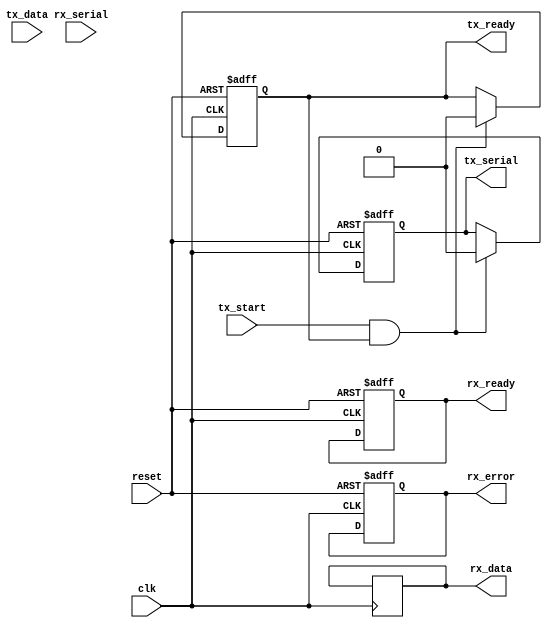
module parameterized_uart #(
    parameter BAUD_RATE = 9600,
    parameter DATA_WIDTH = 8,
    parameter STOP_BITS = 1,
    parameter PARITY = "NONE" // Options: "NONE", "EVEN", "ODD"
)(
    input wire clk,            // System clock
    input wire reset,          // Reset signal
    input wire tx_start,       // Signal to start transmission
    input wire [DATA_WIDTH-1:0] tx_data, // Data to transmit
    output wire tx_ready,      // Transmitter ready signal
    output wire tx_serial,     // Serial output
    input wire rx_serial,      // Serial input
    output wire [DATA_WIDTH-1:0] rx_data, // Received data
    output wire rx_ready,      // Receiver ready signal
    output wire rx_error       // Error flag for reception
);

    // Internal signals
    reg [DATA_WIDTH-1:0] tx_buffer;
    reg [DATA_WIDTH-1:0] rx_buffer;
    reg [3:0] bit_counter;
    reg tx_busy;
    reg rx_busy;
    reg [3:0] baud_counter;
    reg [1:0] stop_bit_counter;
    reg rx_ready_reg;
    reg rx_error_reg;

    // Baud rate generator (simplified)
    localparam BAUD_DIV = 50_000_000 / BAUD_RATE; // Assuming 50 MHz clock
    always @(posedge clk or posedge reset) begin
        if (reset) begin
            baud_counter <= 0;
        end else begin
            if (baud_counter == BAUD_DIV - 1) begin
                baud_counter <= 0;
            end else begin
                baud_counter <= baud_counter + 1;
            end
        end
    end

    // Transmitter
    always @(posedge clk or posedge reset) begin
        if (reset) begin
            tx_busy <= 0;
            tx_ready <= 1;
            bit_counter <= 0;
            tx_serial <= 1; // Idle state
        end else if (tx_start && tx_ready) begin
            tx_busy <= 1;
            tx_ready <= 0;
            tx_buffer <= tx_data;
            bit_counter <= 0;
            tx_serial <= 0; // Start bit
        end else if (tx_busy && baud_counter == BAUD_DIV - 1) begin
            if (bit_counter < DATA_WIDTH) begin
                tx_serial <= tx_buffer[bit_counter]; // Send data bits
                bit_counter <= bit_counter + 1;
            end else if (PARITY != "NONE" && bit_counter == DATA_WIDTH) begin
                // Send parity bit
                tx_serial <= (PARITY == "EVEN") ? ~^tx_buffer : ^tx_buffer; // Even or Odd parity
                bit_counter <= bit_counter + 1;
            end else if (bit_counter == DATA_WIDTH + (PARITY != "NONE") + STOP_BITS) begin
                tx_serial <= 1; // Stop bit(s)
                if (stop_bit_counter < STOP_BITS) begin
                    stop_bit_counter <= stop_bit_counter + 1;
                end else begin
                    tx_busy <= 0;
                    tx_ready <= 1;
                    stop_bit_counter <= 0;
                end
            end
        end
    end

    // Receiver
    always @(posedge clk or posedge reset) begin
        if (reset) begin
            rx_busy <= 0;
            rx_ready_reg <= 0;
            bit_counter <= 0;
            rx_error_reg <= 0;
        end else if (!rx_busy && !rx_serial) begin
            rx_busy <= 1; // Start bit detected
            baud_counter <= 0;
            bit_counter <= 0;
        end else if (rx_busy && baud_counter == BAUD_DIV - 1) begin
            if (bit_counter < DATA_WIDTH) begin
                rx_buffer[bit_counter] <= rx_serial; // Receive data bits
                bit_counter <= bit_counter + 1;
            end else if (PARITY != "NONE" && bit_counter == DATA_WIDTH) begin
                // Check parity
                rx_error_reg <= (PARITY == "EVEN") ? ~^rx_buffer : ^rx_buffer;
                bit_counter <= bit_counter + 1;
            end else if (bit_counter == DATA_WIDTH + (PARITY != "NONE")) begin
                // Stop bit(s) check
                if (rx_serial != 1) begin
                    rx_error_reg <= 1; // Error if stop bit is not high
                end
                rx_busy <= 0;
                rx_ready_reg <= 1;
                rx_buffer <= rx_buffer; // Store received data
            end
        end
    end

    assign rx_data = rx_buffer;
    assign rx_ready = rx_ready_reg;
    assign rx_error = rx_error_reg;

endmodule